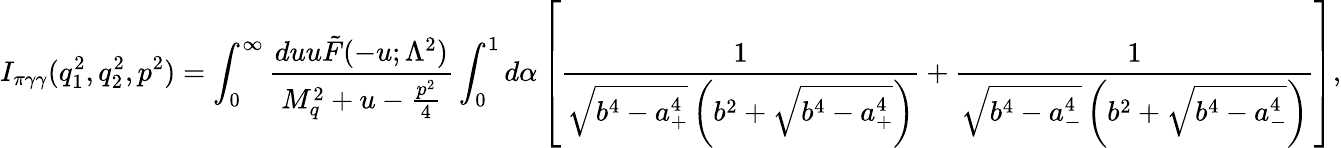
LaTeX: I_{\pi\gamma\gamma}(q_{1}^{2},q_{2}^{2},p^{2})=\int_{0}^{\infty}\frac{duu\tilde{F}(-u;\Lambda^{2})}{M_{q}^{2}+u-\frac{p^{2}}{4}}\int_{0}^{1}d\alpha\left[\frac{1}{\sqrt{b^{4}-a_{+}^{4}}\left(b^{2}+\sqrt{b^{4}-a_{+}^{4}}\right)}+\frac{1}{\sqrt{b^{4}-a_{-}^{4}}\left(b^{2}+\sqrt{b^{4}-a_{-}^{4}}\right)}\right],